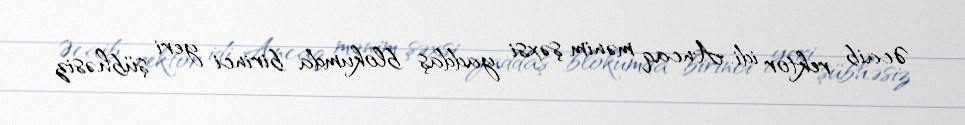
Əcaib rektor idi. Ancaq mənim şəxsi yaddaş blokumda birinci yeri şübhəsiz